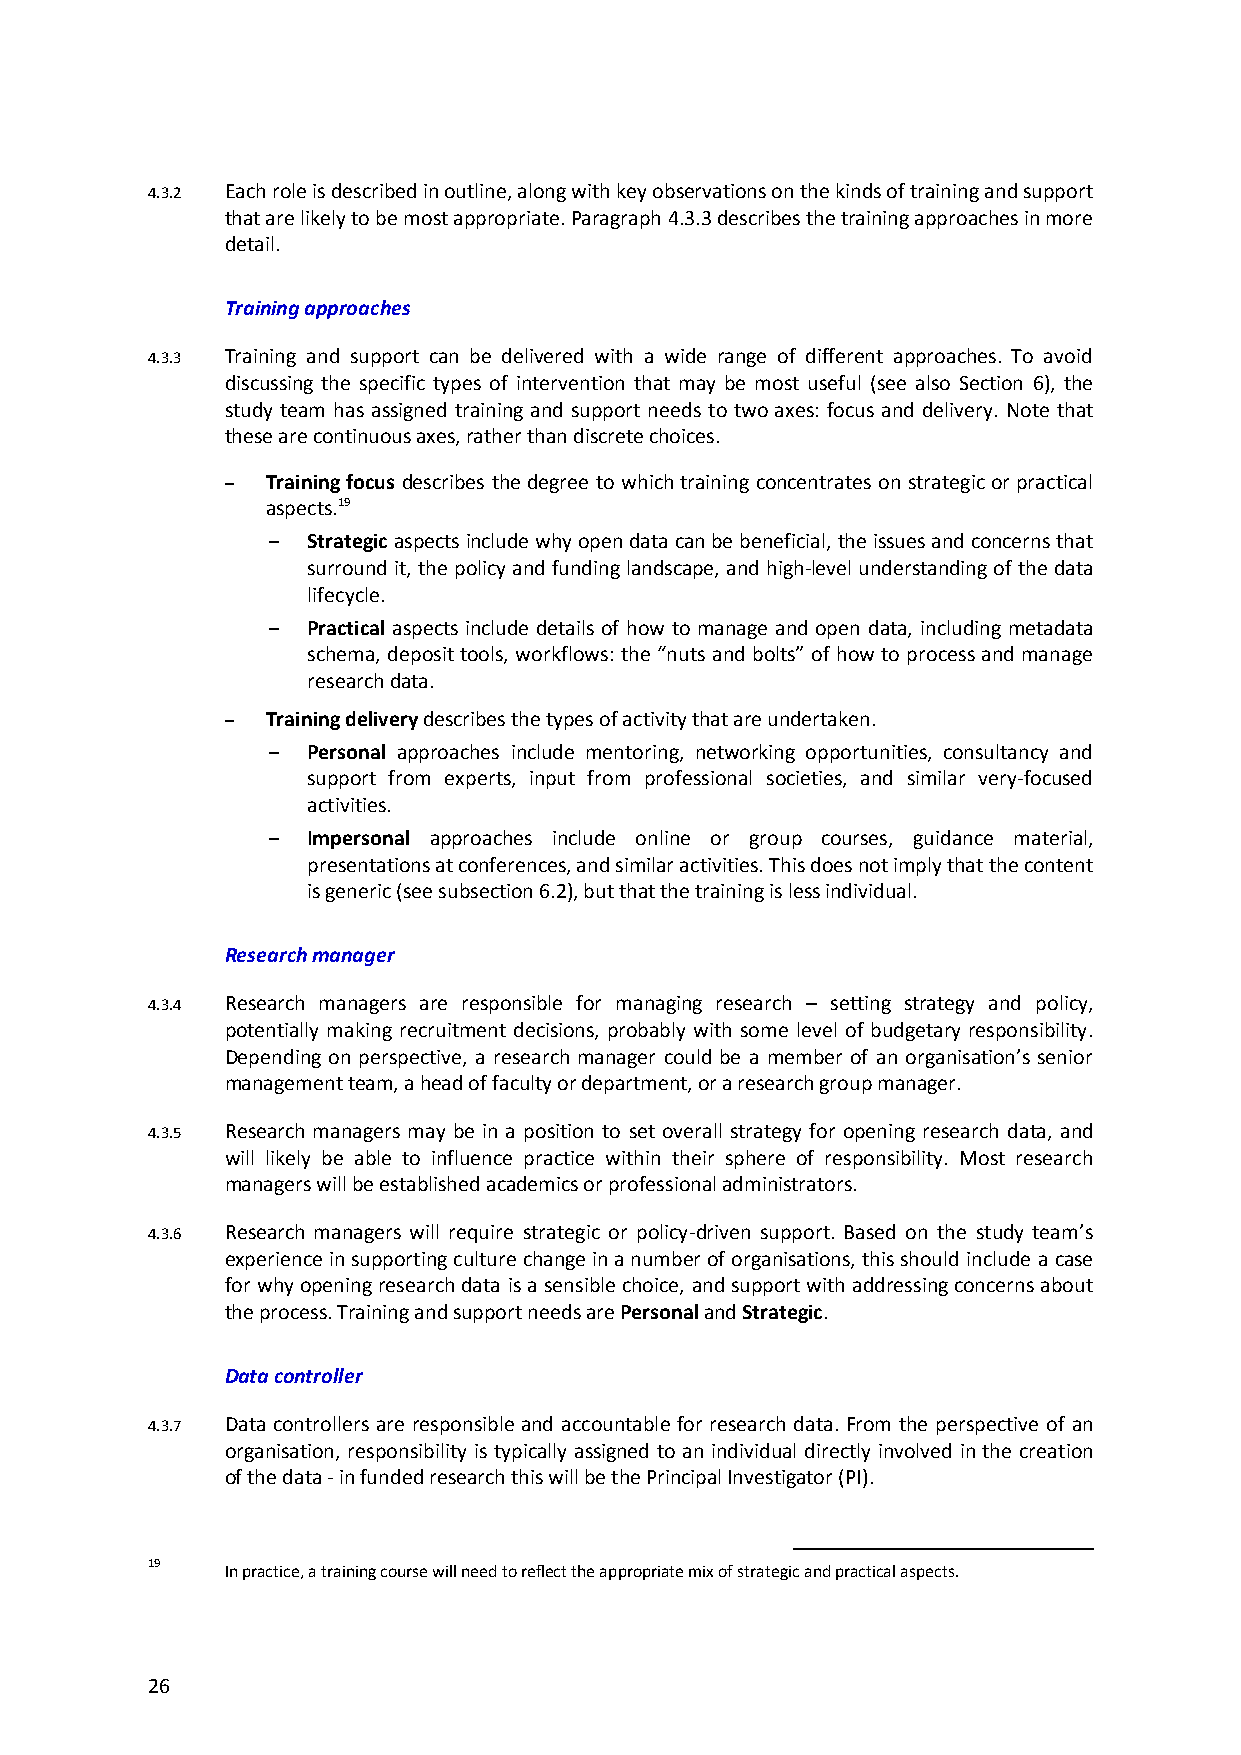
4.3.2 Each role is described in outline, along with key observations on the kinds of training and support
 that are likely to be most appropriate. Paragraph 4.3.3 describes the training approaches in more
 detail.
 Training approaches
 4.3.3 Training and support can be delivered with a wide range of different approaches. To avoid
 discussing the specific types of intervention that may be most useful (see also Section 6), the
 study team has assigned training and support needs to two axes: focus and delivery. Note that
 these are continuous axes, rather than discrete choices.
 –  Training focus describes the degree to which training concentrates on strategic or practical
 aspects.19
 – Strategic aspects include why open data can be beneficial, the issues and concerns that
 surround it, the policy and funding landscape, and high-level understanding of the data
 lifecycle.
 – Practical aspects include details of how to manage and open data, including metadata
 schema, deposit tools, workflows: the “nuts and bolts” of how to process and manage
 research data.
 –  Training delivery describes the types of activity that are undertaken.
 – Personal approaches include mentoring, networking opportunities, consultancy and
 support from experts, input from professional societies, and similar very-focused
 activities.
 – Impersonal approaches include online or group courses, guidance material,
 presentations at conferences, and similar activities. This does not imply that the content
 is generic (see subsection 6.2), but that the training is less individual.
 Research manager
 4.3.4 Research managers are responsible for managing research – setting strategy and policy,
 potentially making recruitment decisions, probably with some level of budgetary responsibility.
 Depending on perspective, a research manager could be a member of an organisation’s senior
 management team, a head of faculty or department, or a research group manager.
 4.3.5 Research managers may be in a position to set overall strategy for opening research data, and
 will likely be able to influence practice within their sphere of responsibility. Most research
 managers will be established academics or professional administrators.
 4.3.6 Research managers will require strategic or policy-driven support. Based on the study team’s
 experience in supporting culture change in a number of organisations, this should include a case
 for why opening research data is a sensible choice, and support with addressing concerns about
 the process. Training and support needs are Personal and Strategic.
 Data controller
 4.3.7 Data controllers are responsible and accountable for research data. From the perspective of an
 organisation, responsibility is typically assigned to an individual directly involved in the creation
 of the data - in funded research this will be the Principal Investigator (PI).
 19   In practice, a training course will need to reflect the appropriate mix of strategic and practical aspects.
 26